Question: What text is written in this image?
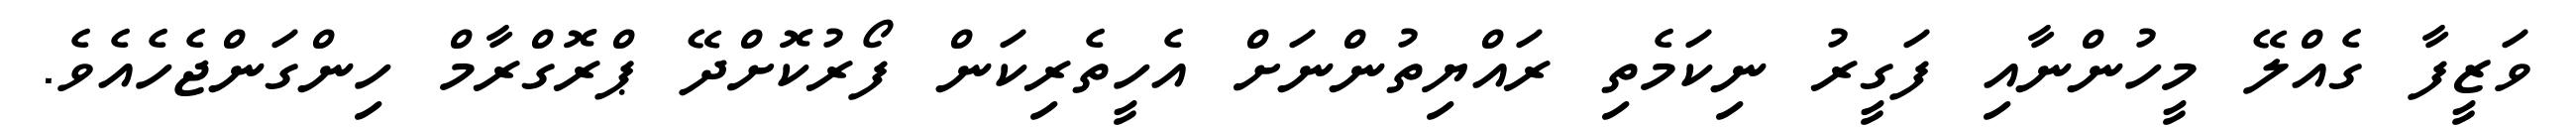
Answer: ވަޒީފާ ގެއްލޭ މީހުންނާއި ފަގީރު ނިކަމެތި ރައްޔިތުންނަށް އެހީތެރިކަން ފޯރުކޮށްދޭ ޕްރޮގްރާމް ހިންގަންޖެހެއެވެ.